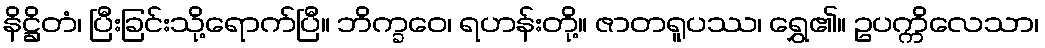
နိဋ္ဌိတံ၊ ပြီးခြင်းသို့ရောက်ပြီ။ ဘိက္ခဝေ၊ ရဟန်းတို့။ ဇာတရူပဿ၊ ရွှေ၏။ ဥပက္ကိလေသာ၊